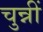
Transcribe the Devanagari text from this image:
चुन्नीं